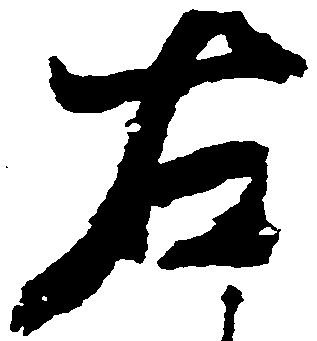
右